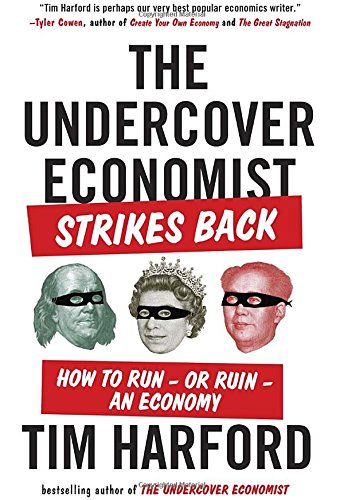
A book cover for The Undercover Economist Strikes Back: How to Run--or Ruin--an Economy; Tim Harford; Business & Money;